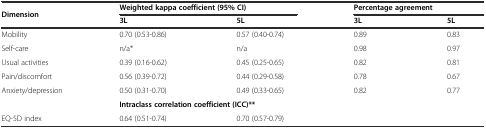
<table><thead><tr><td rowspan="2"><b>Dimension</b></td><td colspan="2"><b>Weighted kappa coefficient (95% CI)</b></td><td colspan="2"><b>Percentage agreement</b></td></tr><tr><td><b>3L</b></td><td><b>5L</b></td><td><b>3L</b></td><td><b>5L</b></td></tr></thead><tbody><tr><td>Mobility</td><td>0.70 (0.53-0.86)</td><td>0.57 (0.40-0.74)</td><td>0.89</td><td>0.83</td></tr><tr><td>Self-care</td><td>n/a*</td><td>n/a</td><td>0.98</td><td>0.97</td></tr><tr><td>Usual activities</td><td>0.39 (0.16-0.62)</td><td>0.45 (0.25-0.65)</td><td>0.82</td><td>0.81</td></tr><tr><td>Pain/discomfort</td><td>0.56 (0.39-0.72)</td><td>0.44 (0.29-0.58)</td><td>0.78</td><td>0.67</td></tr><tr><td>Anxiety/depression</td><td>0.50 (0.31-0.70)</td><td>0.49 (0.33-0.65)</td><td>0.82</td><td>0.77</td></tr><tr><td></td><td colspan="4"><b>Intraclass correlation coefficient (ICC)**</b></td></tr><tr><td>EQ-5D index</td><td>0.64 (0.51-0.74)</td><td>0.70 (0.57-0.79)</td><td></td><td></td></tr></tbody></table>